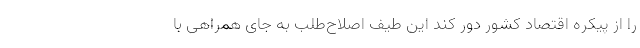
را از پیکره اقتصاد کشور دور کند این طیف اصلاح‌طلب به جای همراهی با